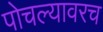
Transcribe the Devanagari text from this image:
पोचल्यावरच